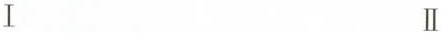
ⅠⅡ